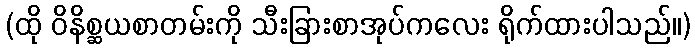
(ထို ဝိနိစ္ဆယစာတမ်းကို သီးခြားစာအုပ်ကလေး ရိုက်ထားပါသည်။)